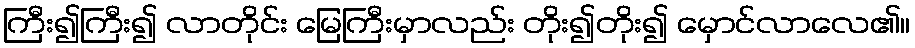
ကြီး၍ကြီး၍ လာတိုင်း မြေကြီးမှာလည်း တိုး၍တိုး၍ မှောင်လာလေ၏။